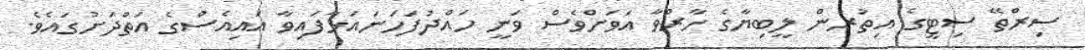
ސިރްތޭ ސިޓީގެ އިތުރުން ލީބިޔާގެ ހާރްވާ އަވަށްވެސް ވަނީ ހައްދުފަހަނައަޅާފައިވާ އައިއެސްގެ އަތްދަށުގައެވެ.